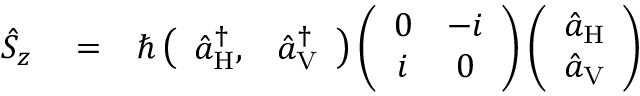
\begin{array} { r l r } { \hat { S } _ { z } } & { { } = } & { \hbar \left( \begin{array} { c c } { \hat { a } _ { \mathrm { H } } ^ { \dagger } , } & { \hat { a } _ { \mathrm { V } } ^ { \dagger } } \end{array} \right) \left( \begin{array} { c c } { 0 } & { - i } \\ { i } & { 0 } \end{array} \right) \left( \begin{array} { c } { \hat { a } _ { \mathrm { H } } } \\ { \hat { a } _ { \mathrm { V } } } \end{array} \right) } \end{array}